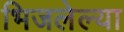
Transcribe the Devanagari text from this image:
भिजलेल्या